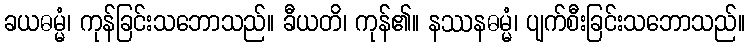
ခယဓမ္မံ၊ ကုန်ခြင်းသဘောသည်။ ခီယတိ၊ ကုန်၏။ နဿနဓမ္မံ၊ ပျက်စီးခြင်းသဘောသည်။